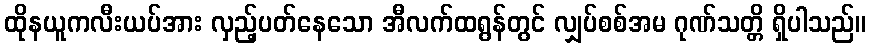
ထိုနယူကလီးယပ်အား လှည့်ပတ်နေသော အီလက်ထရွန်တွင် လျှပ်စစ်အမ ဂုဏ်သတ္တိ ရှိပါသည်။